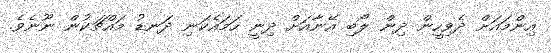
އިންމައަށް ދެވިހީން ދިން ލޯބި އޭނާއަށް ދިނީ ހަމައެކަނި ދަނޑު މައްޗަކުން ނޫނެވެ.